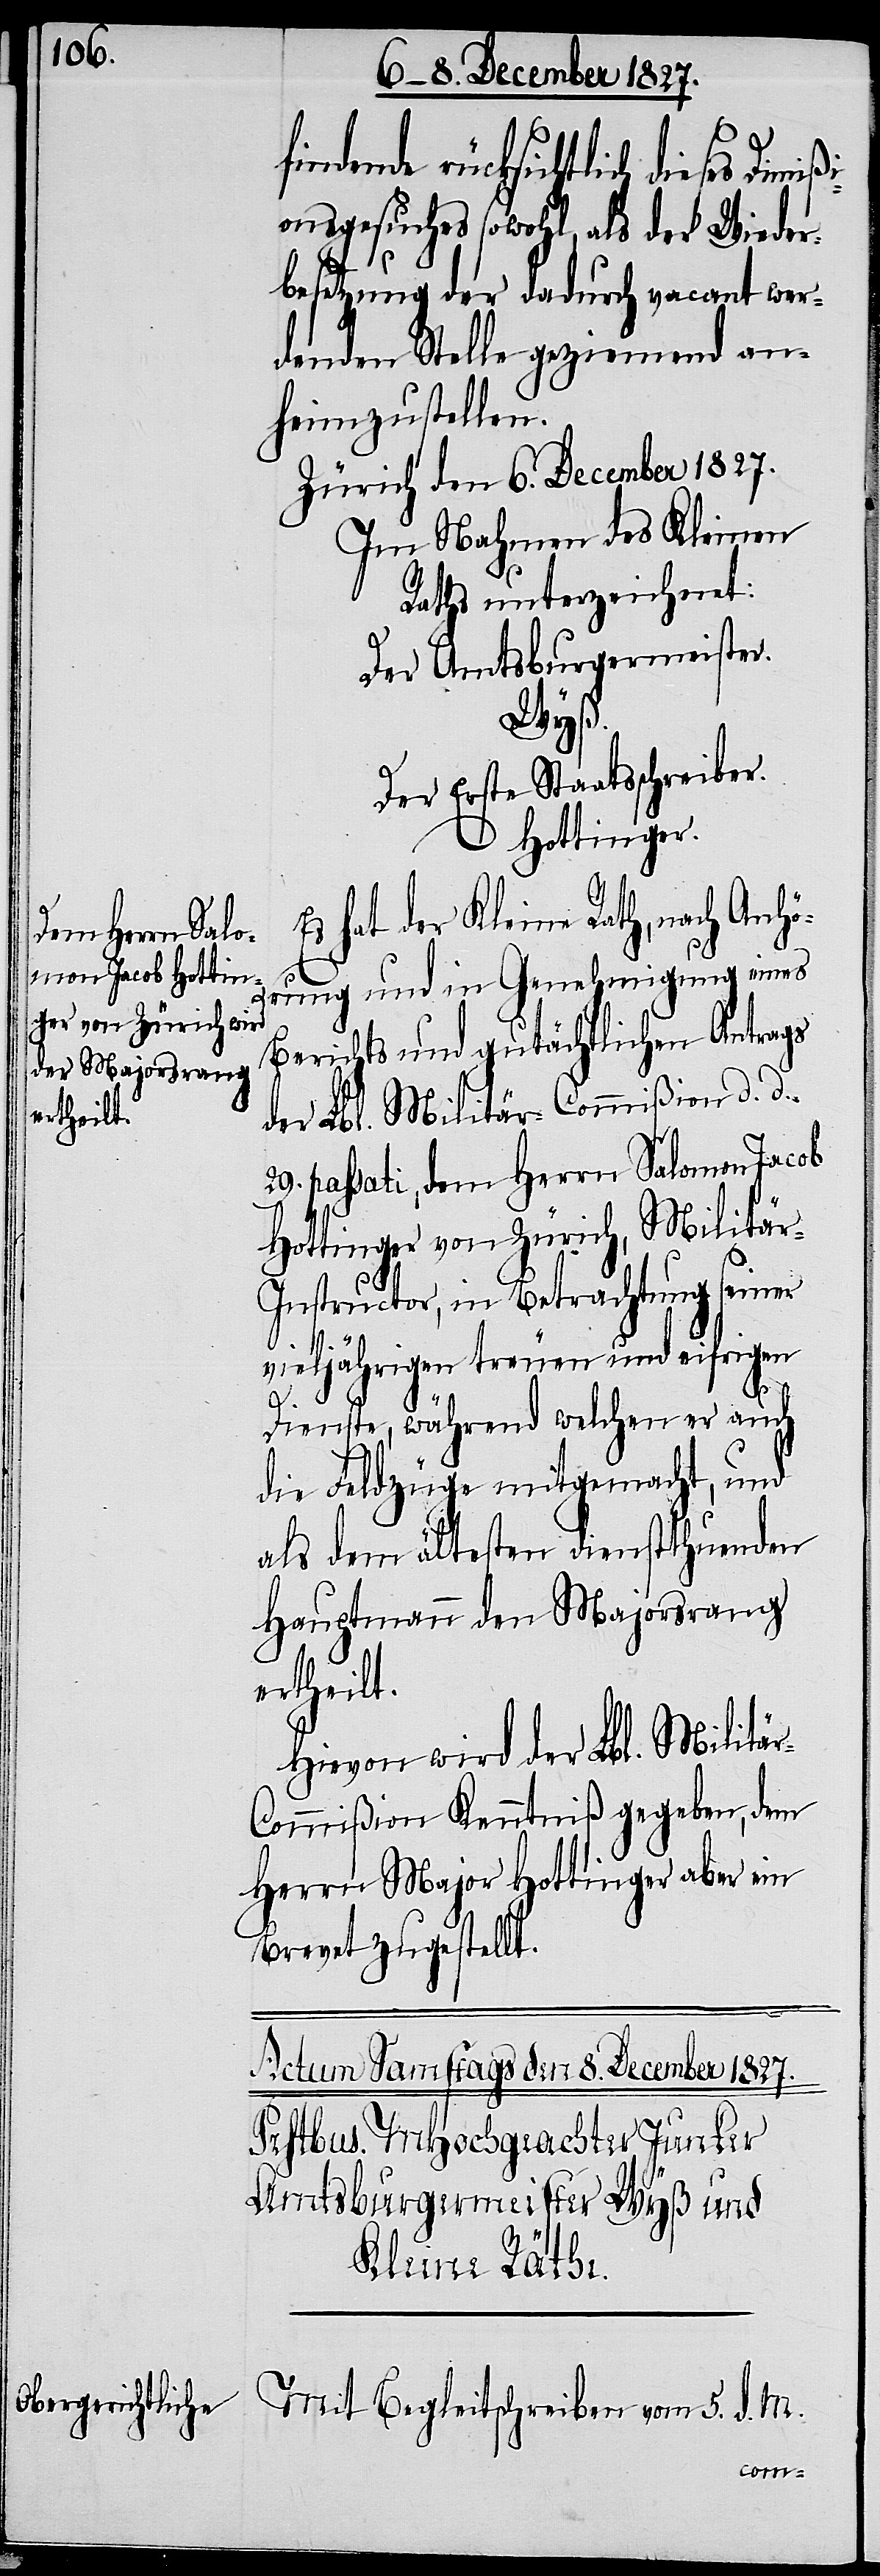
findende rücksichtlich dieses
onsgesuches sowohl als der Wieder¬
besetzung der dadurch vacant wer¬
denden Stelle geziemend an¬
heimzustellen.
Zürich den 6ten December 1827.
Im Nahmen des Kleinen
Rathes unterzeichnet:
Der Amtsburgermeister.
Wyß.
Der Erste Staatsschreiber.
Hottinger.
Es hat der Kleine Rath, nach Anhö¬
rung und in Genehmigung eines
Berichts und gutächtlichen Antrags
der Lbl. Militär-Commißion d. d.
29. passati, dem Herrn Salomon Jacob
Hottinger von Zürich, als Militä¬
r-C¬
nstructor, in Betrachtung seiner
vieljährigen treuen und eifrigen
Dienste, während welchen er auch
die Feldzüge mitgemacht, und
als dem ältesten dienstthuenden
Hauptmann den Majorsrang
ertheilt.
Hievon wird der Lbl. Militä¬
ommißion Kenntniß gegeben, den
Herrn Major Hottinger aber ein
Brevet zugestellt.
Mit Begleitschreiben vom 5. d. M.